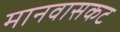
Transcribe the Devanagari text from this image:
मानवासकट